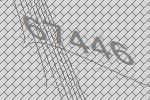
67446